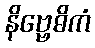
နိဗ္ဗေဓိကံ